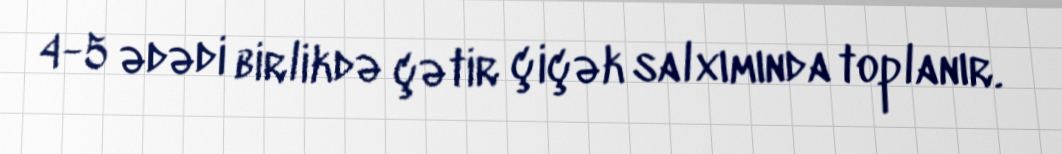
4-5 ədədi birlikdə çətir çiçək salxımında toplanır.